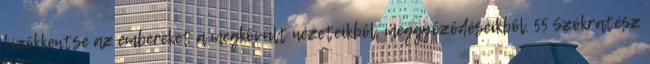
kizökkentse az embereket a megkövült nézeteikből, meggyőződéseikből. 55 Szókratész